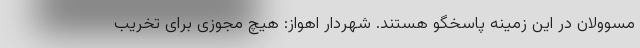
مسوولان در این زمینه پاسخگو هستند. شهردار اهواز: هیچ مجوزی برای تخریب